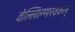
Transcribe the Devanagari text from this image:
वेल्लिल्प्परवकल्